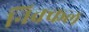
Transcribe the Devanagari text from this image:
निक्कल